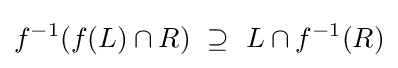
f^{-1}(f(L)\cap R)~\supseteq ~L\cap f^{-1}(R)